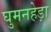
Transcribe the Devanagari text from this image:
घुमनहेड़ा